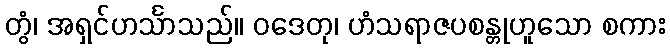
တွံ၊ အရှင်ဟင်္သာသည်။ ဝဒေတု၊ ဟံသရာဇပစန္တုဟူသော စကား